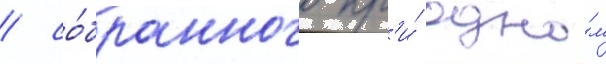
/ со́бранного пр'и́ одно́м